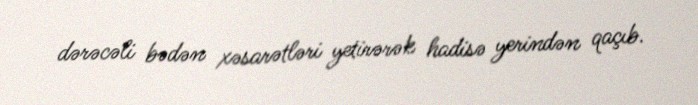
dərəcəli bədən xəsarətləri yetirərək hadisə yerindən qaçıb.